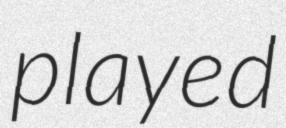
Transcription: played